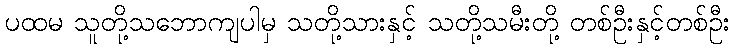
ပထမ သူတို့သဘောကျပါမှ သတို့သားနှင့် သတို့သမီးတို့ တစ်ဦးနှင့်တစ်ဦး